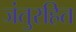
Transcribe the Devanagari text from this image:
जंतुरहित